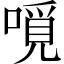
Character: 𠼽